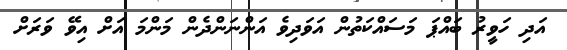
އަދި ހަވީރު ބައްޕަ މަސައްކަތުން އަވަދިވެ އަންނަންދެން މަންމަ އަށް އިވޭ ވަރަށް